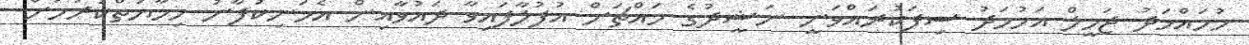
މުހައްމަދު ޖަމީލް އަހުމަދު ސިފަކުރައްވަނީ ނަޝީދުގެ މައްޗަށް އުފުލާފައިވާ ދައުވާއިން އެމަނިކުފާނު ހިމާޔަތްކުރުމަށް